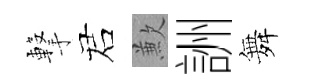
撃诺歉詶舞